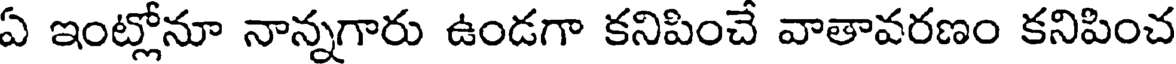
ఏ ఇంట్లోనూ నాన్నగారు ఉండగా కనిపించే వాతావరణం కనిపించ